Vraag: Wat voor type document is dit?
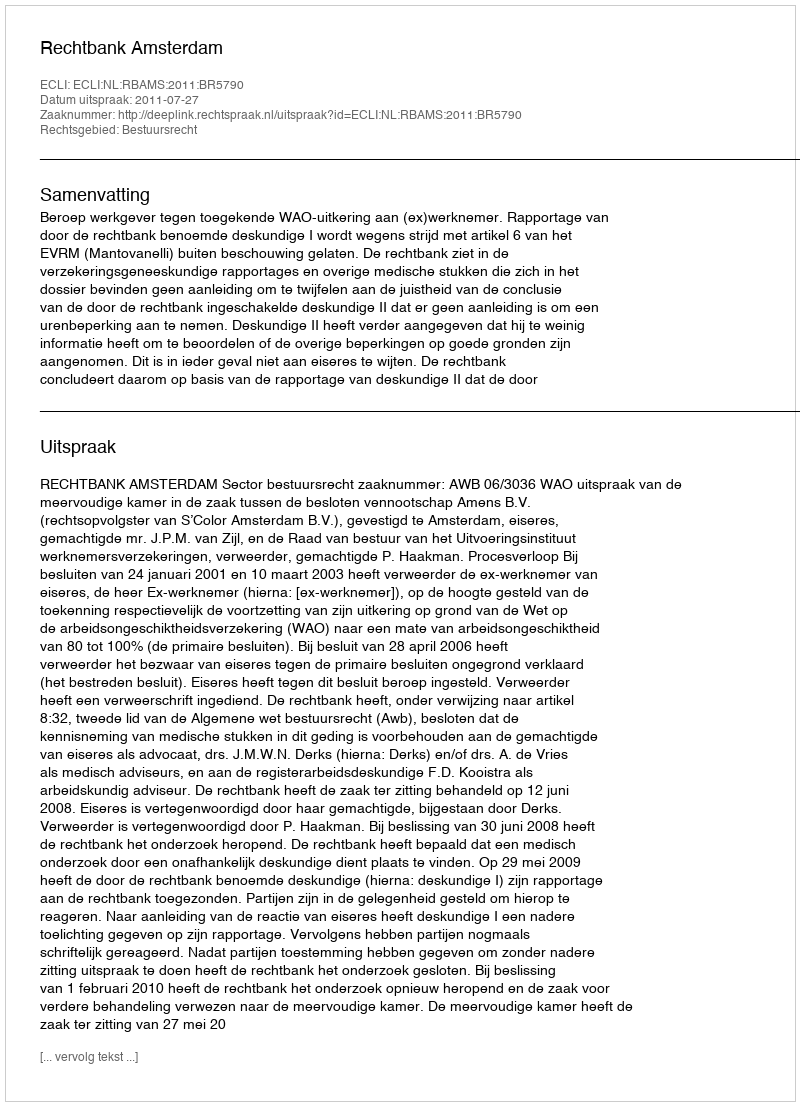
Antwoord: Uitspraak